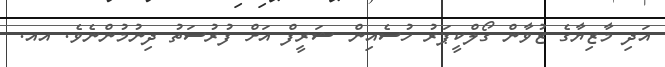
އަދި މާޒިޔާގެ ޒުވާން ގޯލްކީޕަރު ހުސެއިން ޝަރީފް އަށް ފުރުސަތު ދިނުމުންނެވެ. އއ.